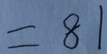
= 8 1